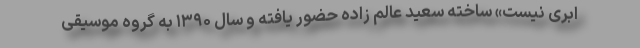
ابری نیست» ساخته سعید عالم زاده حضور یافته و سال ۱۳۹۰ به گروه موسیقی